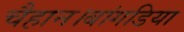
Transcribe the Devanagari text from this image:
चैहान।बांगडिया